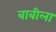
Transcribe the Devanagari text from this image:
बाबीला